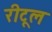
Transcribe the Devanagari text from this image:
रीटूल